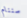
سننام